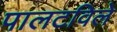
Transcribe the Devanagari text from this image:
पालटविले